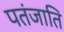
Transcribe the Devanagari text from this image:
पतंजाति